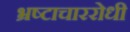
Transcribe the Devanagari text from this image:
भ्रष्टाचाररोधी